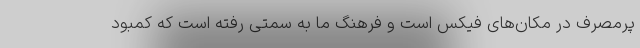
پرمصرف در مکان‌های فیکس است و فرهنگ ما به سمتی رفته است که کمبود